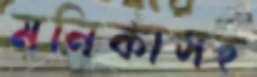
মনিকাসহ